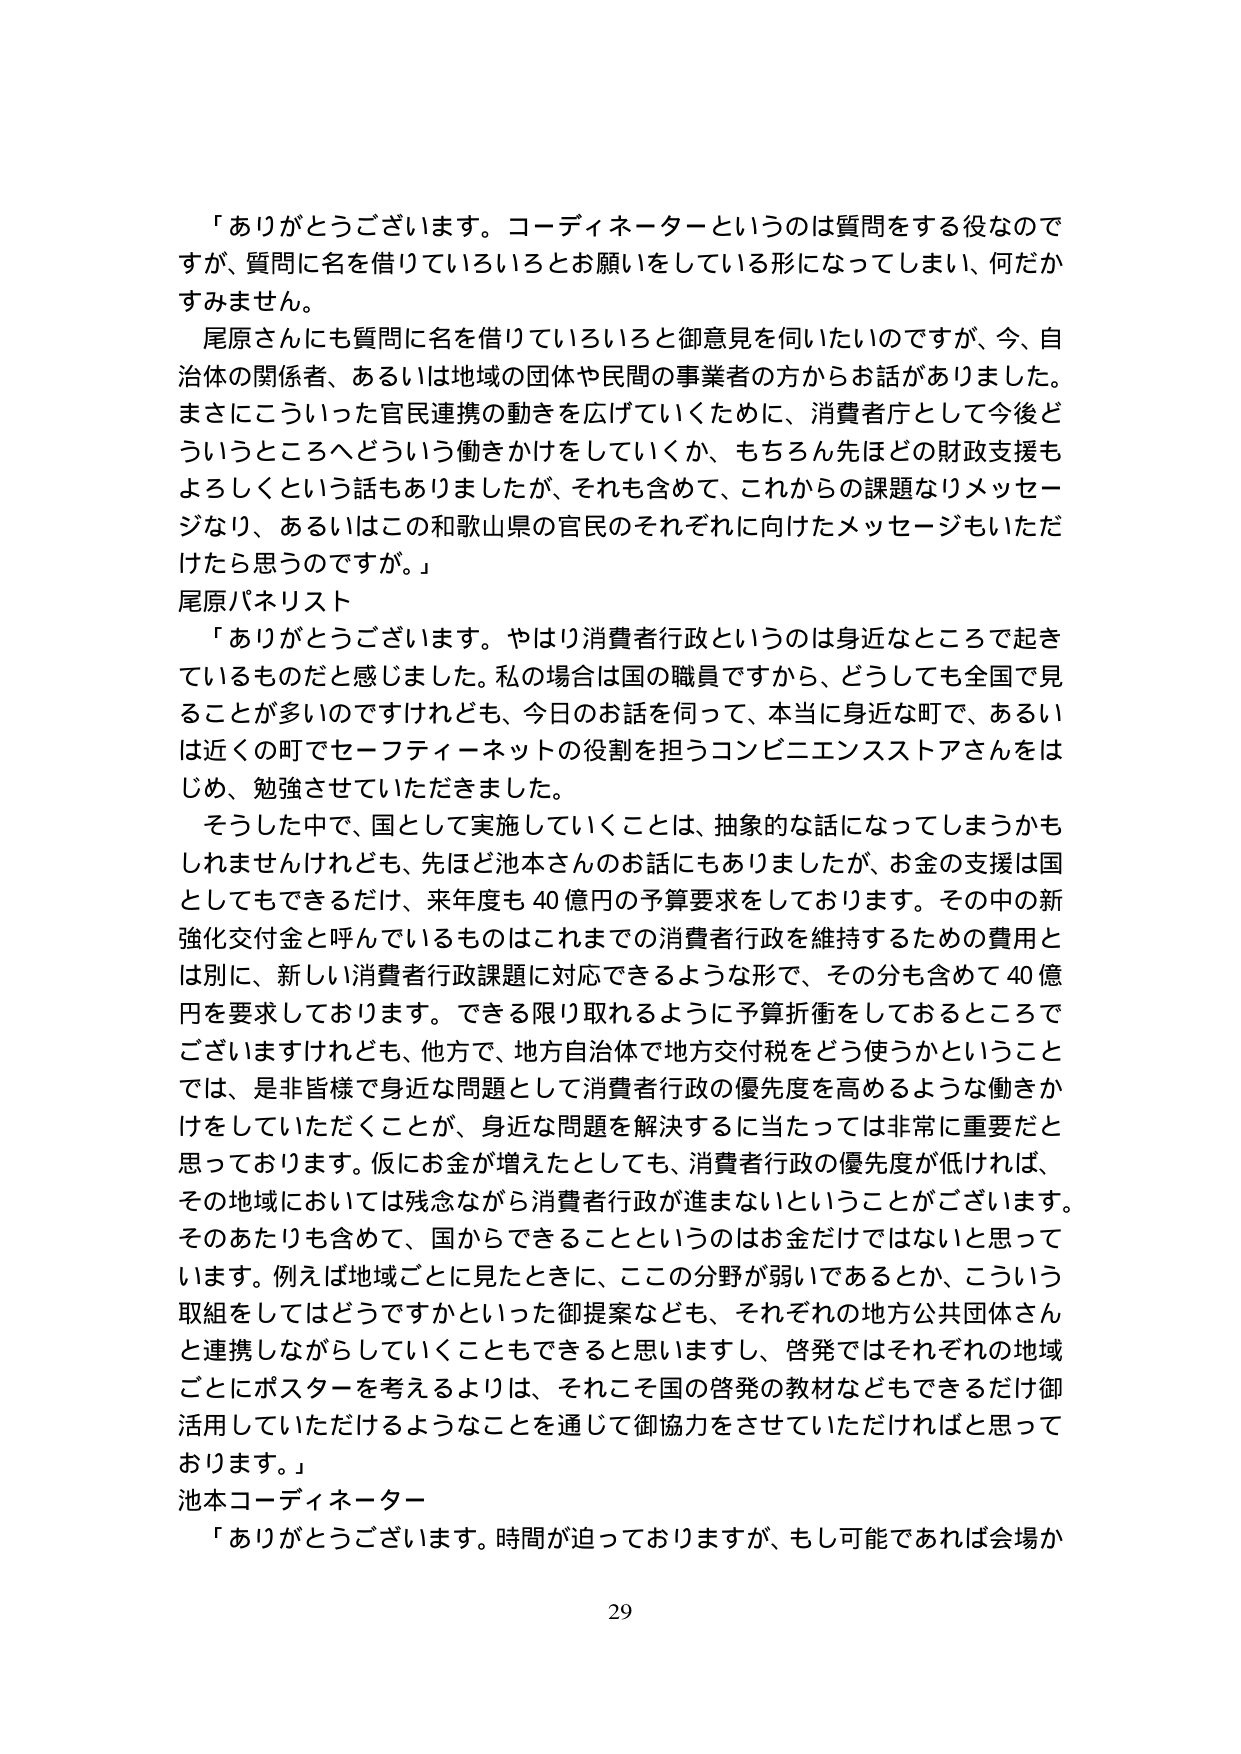
「ありがとうございます。コーディネーターというのは質問をする役なのですが、質問に名を借りていろいろとお願いをしている形になってしまい、何だかすみません。

尾原さんにも質問に名を借りていろいろと御意見を伺いたいのですが、今、自治体の関係者、あるいは地域の団体や民間の事業者の方からお話がありました。まさにこういった官民連携の動きを広げていくために、消費者庁として今後どういうところへどういう働きかけをしていくか、もちろん先ほどの財政支援もよろしくという話もありましたが、それも含めて、これからの課題なりメッセージなり、あるいはこの和歌山県の官民のそれぞれに向けたメッセージもいただけたら思うのですが。」

尾原パネリスト

「ありがとうございます。やはり消費者行政というのは身近なところで起きているものだと感じました。私の場合は国の職員ですから、どうしても全国で見ることが多いのですけれども、今日のお話を伺って、本当に身近な町で、あるいは近くの町でセーフティーネットの役割を担うコンビニエンスストアさんをはじめ、勉強させていただきました。

そうした中で、国として実施していくことは、抽象的な話になってしまうかもしれませんが、先ほど池本さんのお話にもありました、お金の支援は国としてもできるだけ、来年度も40億円の予算要求をしております。その中の新強化交付金と呼んでいるものはこれまでの消費者行政を維持するための費用とは別に、新しい消費者行政課題に対応できるような形で、その分も含めて40億円を要求しております。できる限り取れるように予算折衝をしておるところでございますけれども、他方で、地方自治体で地方交付税をどう使うかということでは、是非皆様で身近な問題として消費者行政の優先度を高めるような働きかけをしていただくことが、身近な問題を解決するに当たっては非常に重要だと思っております。仮にお金が増えたとしても、消費者行政の優先度が低ければ、その地域においては残念ながら消費者行政が進まないということがございます。そのあたりも含めて、国からできることというのはお金だけではないと思っています。例えば地域ごとに見たときに、ここの分野が弱いであるとか、こういう取組をしてはどうですかといった御提案なども、それぞれの地方公共団体さんと連携しながらしていくこともできると思いますし、啓発ではそれぞれの地域ごとにポスターを考えるよりは、それこそ国の啓発の教材などもできるだけ御活用していただけるようなことを通じて御協力をさせていただければと思っております。」

池本コーディネーター

「ありがとうございます。時間が迫っておりますが、もし可能であれば会場か

29